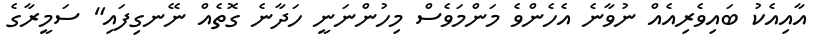
އާއިއެކު ބައިވެރިއެއް ނުވާނެ އެހެންވެ މަންމަވެސް މިހުންނަނީ ހަދާނެ ގޮތެއް ނޭނގިފައި" ސަމީރާގެ